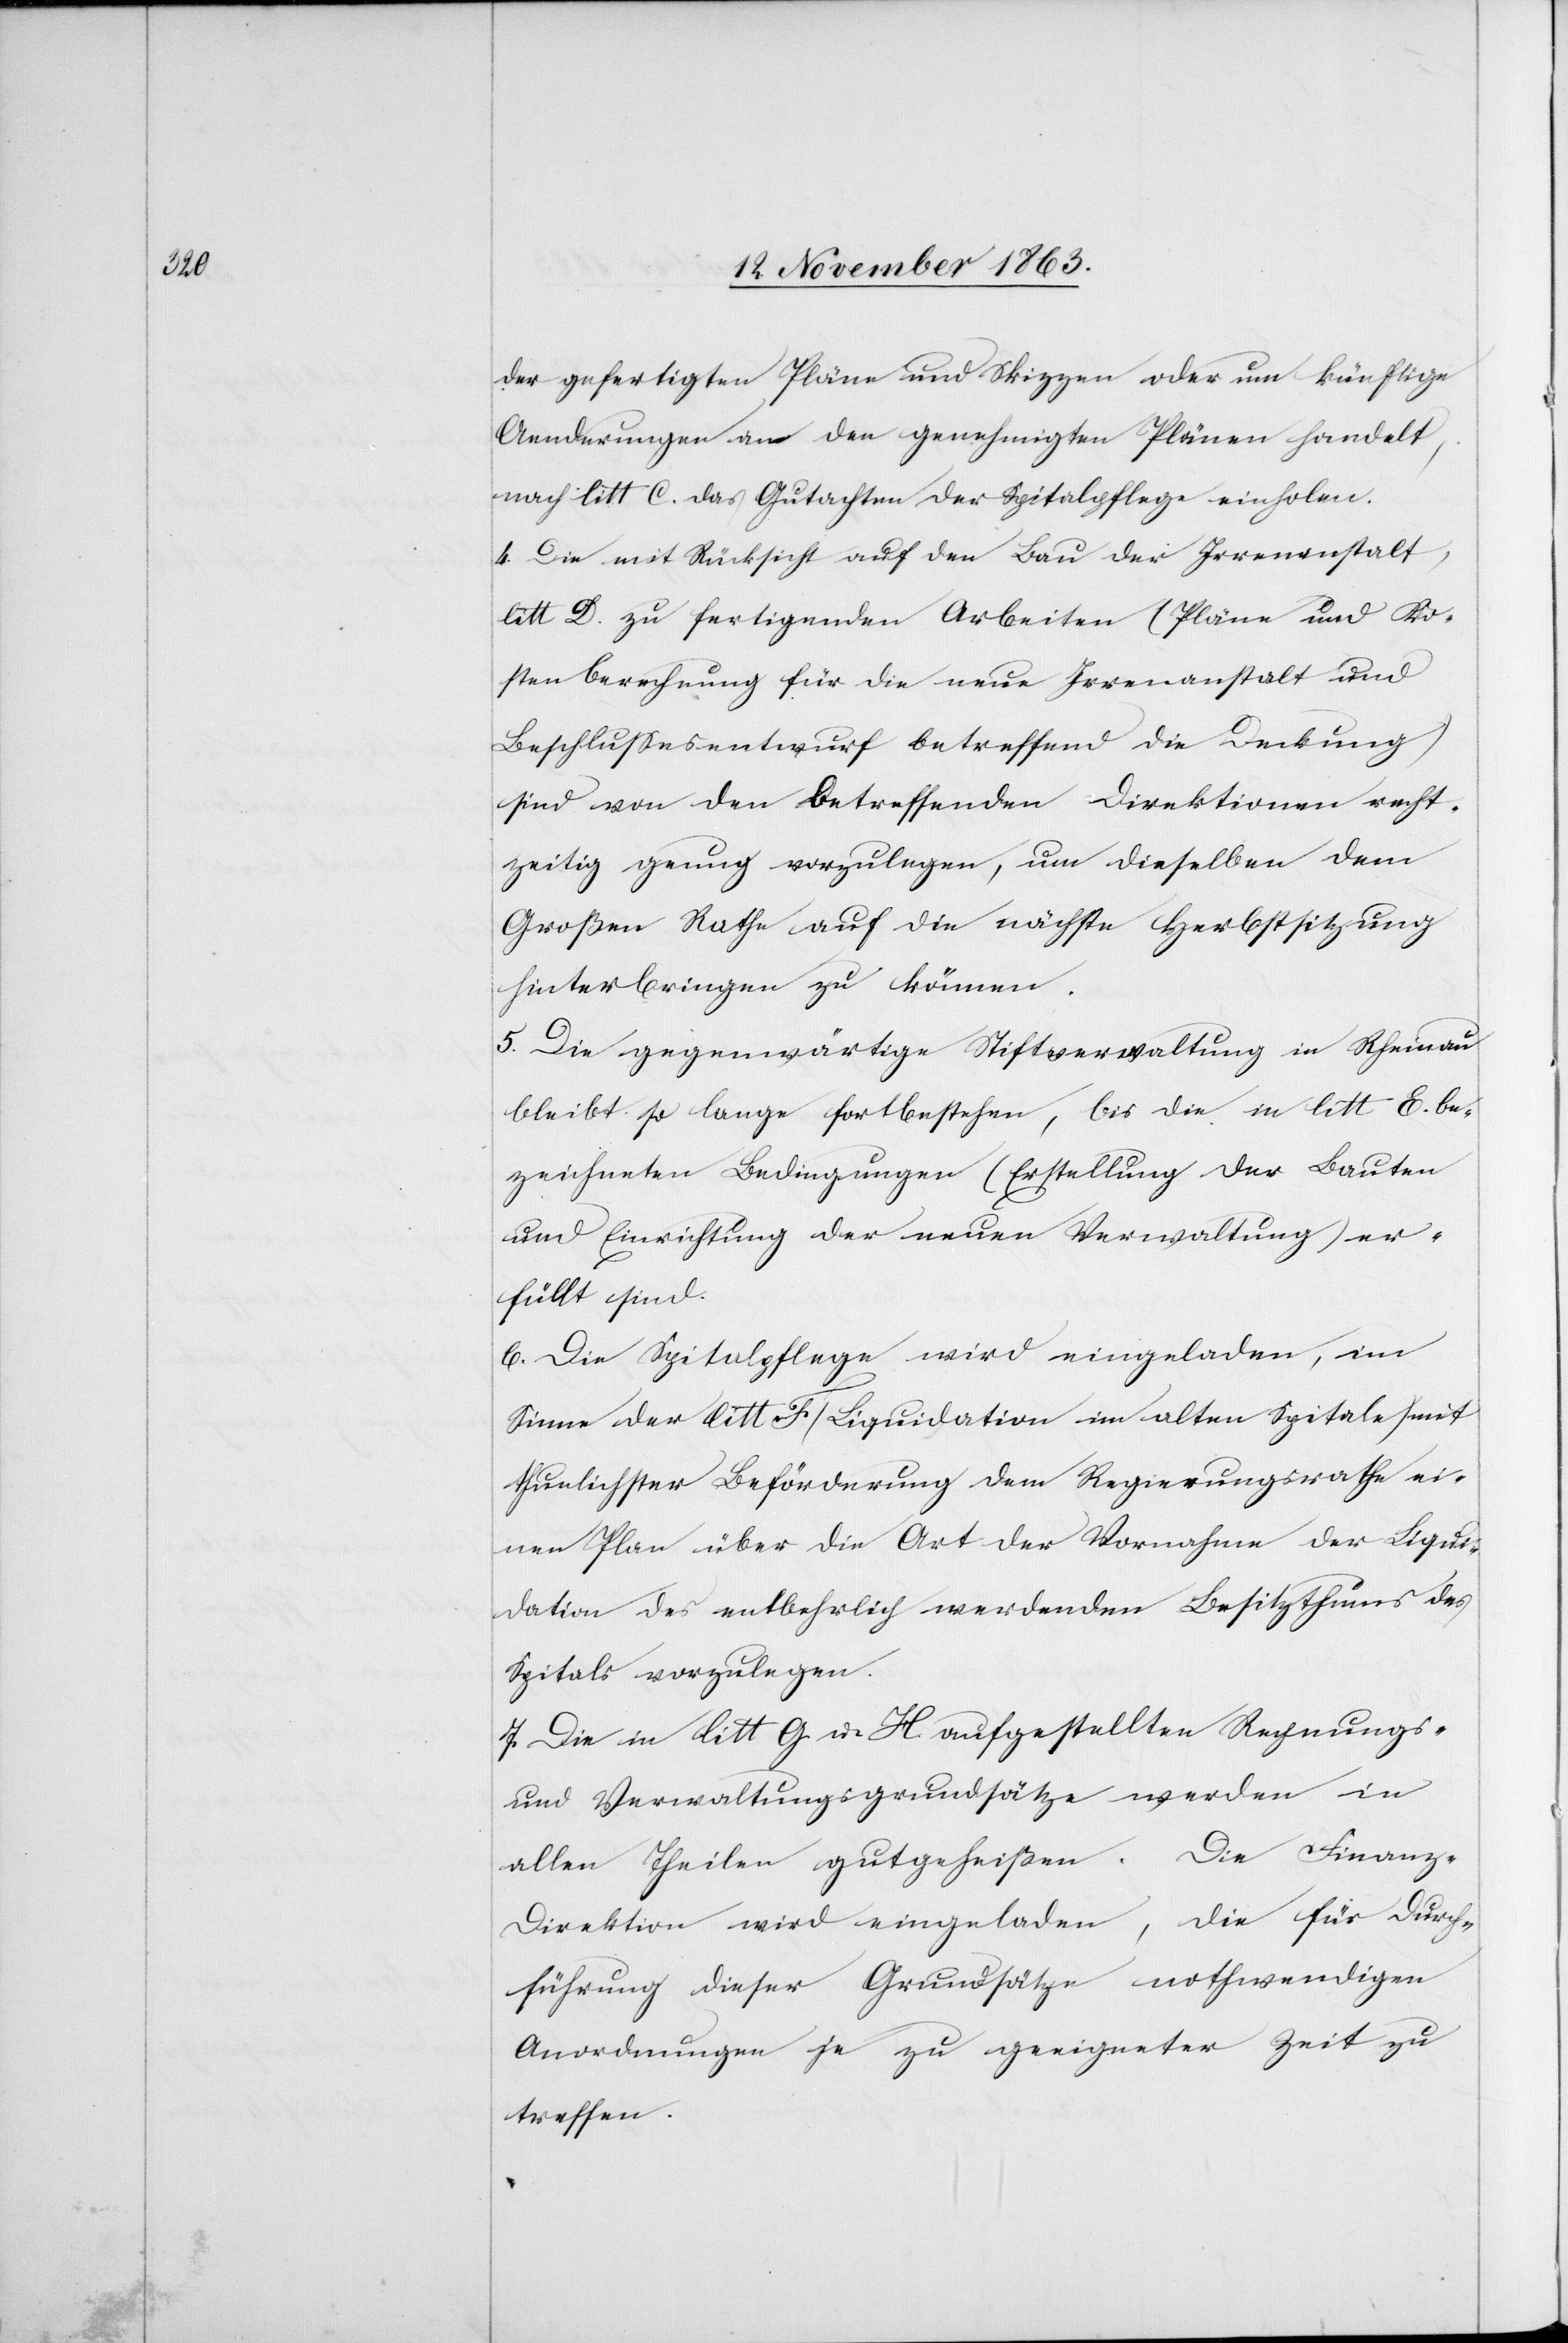
der gefertigten Pläne und Skizzen oder um künftige
Aenderungen an den genehmigten Plänen handelt,
nach litt C. das Gutachten der Spitalpflege einholen.
4. Die mit Rücksicht auf den Bau der Irrenanstalt,
litt D. zu fertigenden Arbeiten (Pläne und Ko¬
stenberechnung für die neue Irrenanstalt und
Beschlussesentwurf betreffend die Deckung)
sind von den betreffenden Direktionen recht¬
zeitig genug vorzulegen, um dieselben dem
Großen Rathe auf die nächste Herbstsitzung
hinterbringen zu können.
5. Die gegenwärtige Stiftverwaltung in Rheinau
bleibt so lange fortbestehen, bis die in litt E. be¬
zeichneten Bedingungen (Erstellung der Bauten
und Einrichtung der neuen Verwaltung) er¬
füllt sind.
6. Die Spitalpflege wird eingeladen, im
Sinne der litt F (Liquidation im alten Spitale) mit
thunlichster Beförderung dem Regierungsrathe ei¬
nen Plan über die Art der Vornahme der Liqui¬
dation des entbehrlich werdenden Besitzthums des
Spitals vorzulegen.
7. Die in litt G u. H aufgestellten Rechnungs-
und Verwaltungsgrundsätze werden in
allen Theilen gutgeheißen. Die Finanz-D¬
irektion wird eingeladen, die für Durch¬
führung dieser Grundsätze nothwendigen
Anordnungen je zu geeigneter Zeit zu
treffen.